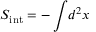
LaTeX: S _ { \mathrm { i n t } } = - \int \! d ^ { 2 } x \,